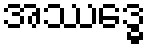
အဿဒ္ဓေ